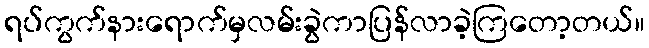
ရပ်ကွက်နားရောက်မှလမ်းခွဲကာပြန်လာခဲ့ကြတော့တယ်။